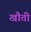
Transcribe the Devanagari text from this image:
खौती